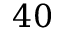
4 0